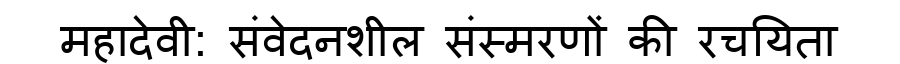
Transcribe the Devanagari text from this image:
महादेवी: संवेदनशील संस्मरणों की रचयिता